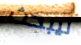
ليبحث